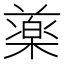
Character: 𣛙